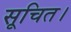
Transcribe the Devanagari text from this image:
सूचित।